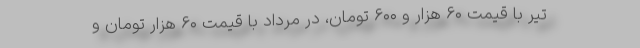
تیر با قیمت ۶۰ هزار و ۶۰۰ تومان، در مرداد با قیمت ۶۰ هزار تومان و